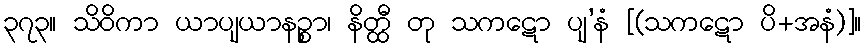
၃၇၃။ သိဝိကာ ယာပျယာနဉ္စာ၊ နိတ္ထီ တု သကဋော ပျ’နံ [(သကဋော ပိ+အနံ)]။